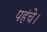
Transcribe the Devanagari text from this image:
पहंचे।